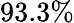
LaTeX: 93.3\%